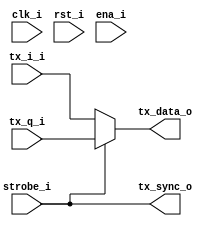
module dac_interface(clk_i,rst_i,ena_i,strobe_i,tx_i_i,tx_q_i,tx_data_o,tx_sync_o);
   input clk_i;
   input rst_i;
   input ena_i;
   input strobe_i;
   
   input [13:0] tx_i_i;
   input [13:0] tx_q_i;

   output [13:0] tx_data_o;
   output 	 tx_sync_o;

`ifdef TX_RATE_MAX
   wire clk128;
   reg clk64_d;
   reg [13:0] tx_data_o;
   
   // Create a 128 MHz clock
   dacpll pll128(.areset(rst_i),.inclk0(clk_i),.c0(clk128));

   // Register the clk64 clock in the clk128 domain
   always @(posedge clk128)
     clk64_d <= #1 clk_i;

   // Register the tx data in the clk128 domain
   always @(posedge clk128)
     tx_data_o <= #1 clk64_d ? tx_i_i : tx_q_i;

   assign tx_sync_o = clk64_d;
   

`else // !`ifdef TX_RATE_MAX
   assign tx_data_o = strobe_i ? tx_q_i : tx_i_i;
   assign tx_sync_o = strobe_i;
`endif // !`ifdef TX_RATE_MAX
   
endmodule